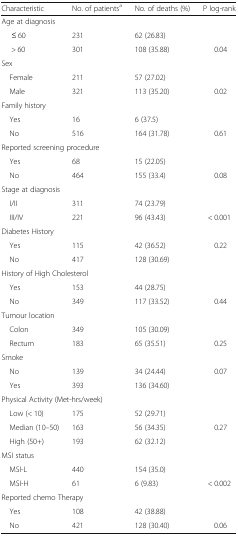
| Characteristic | No. of patientsa | No. of deaths (%) | P log-rank |
 | --- | --- | --- | --- |
 | <COLSPAN=4> Age at diagnosis |
 | ≤ 60 | 231 | 62 (26.83) |  |
 | > 60 | 301 | 108 (35.88) | 0.04 |
 | <COLSPAN=4> Sex |
 | Female | 211 | 57 (27.02) |  |
 | Male | 321 | 113 (35.20) | 0.02 |
 | <COLSPAN=4> Family history |
 | Yes | 16 | 6 (37.5) |  |
 | No | 516 | 164 (31.78) | 0.61 |
 | <COLSPAN=4> Reported screening procedure |
 | Yes | 68 | 15 (22.05) |  |
 | No | 464 | 155 (33.4) | 0.08 |
 | <COLSPAN=4> Stage at diagnosis |
 | I/II | 311 | 74 (23.79) |  |
 | III/IV | 221 | 96 (43.43) | < 0.001 |
 | <COLSPAN=4> Diabetes History |
 | Yes | 115 | 42 (36.52) | <ROWSPAN=2> 0.22 |
 | No | 417 | 128 (30.69) |
 | <COLSPAN=4> History of High Cholesterol |
 | Yes | 153 | 44 (28.75) |  |
 | No | 349 | 117 (33.52) | 0.44 |
 | <COLSPAN=4> Tumour location |
 | Colon | 349 | 105 (30.09) |  |
 | Rectum | 183 | 65 (35.51) | 0.25 |
 | <COLSPAN=4> Smoke |
 | No | 139 | 34 (24.44) | <ROWSPAN=2> 0.07 |
 | Yes | 393 | 136 (34.60) |
 | <COLSPAN=4> Physical Activity (Met-hrs/week) |
 | Low (< 10) | 175 | 52 (29.71) |  |
 | Median (10–50) | 163 | 56 (34.35) | 0.27 |
 | High (50+) | 193 | 62 (32.12) |  |
 | <COLSPAN=4> MSI status |
 | MSI-L | 440 | 154 (35.0) |  |
 | MSI-H | 61 | 6 (9.83) | < 0.002 |
 | <COLSPAN=4> Reported chemo Therapy |
 | Yes | 108 | 42 (38.88) |  |
 | No | 421 | 128 (30.40) | 0.06 |